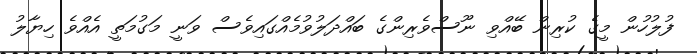
ފުލުހުން މީގެ ކުރިން ބޭއްވި ނޫސްވެރިންގެ ބަައްދަލުވުމެއްގައިވެސް ވަނީ މަގުމަތީ އެއްވެ ހިޔާލު